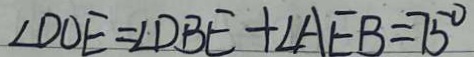
\angle D O E = \angle D B E + \angle A E B = 7 5 ^ { \circ }